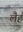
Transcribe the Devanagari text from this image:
लैहैं